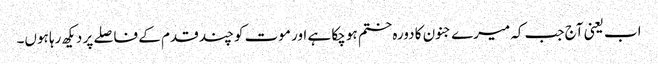
اب یعنی آج جب کہ میرے جنون کا دورہ ختم ہو چکا ہے اور موت کو چند قدم کے فاصلے پر دیکھ رہا ہوں۔